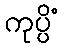
ကုပ္ပိံ